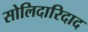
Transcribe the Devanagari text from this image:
सोलिदारिदाद